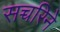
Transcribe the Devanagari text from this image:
सच्चरिने